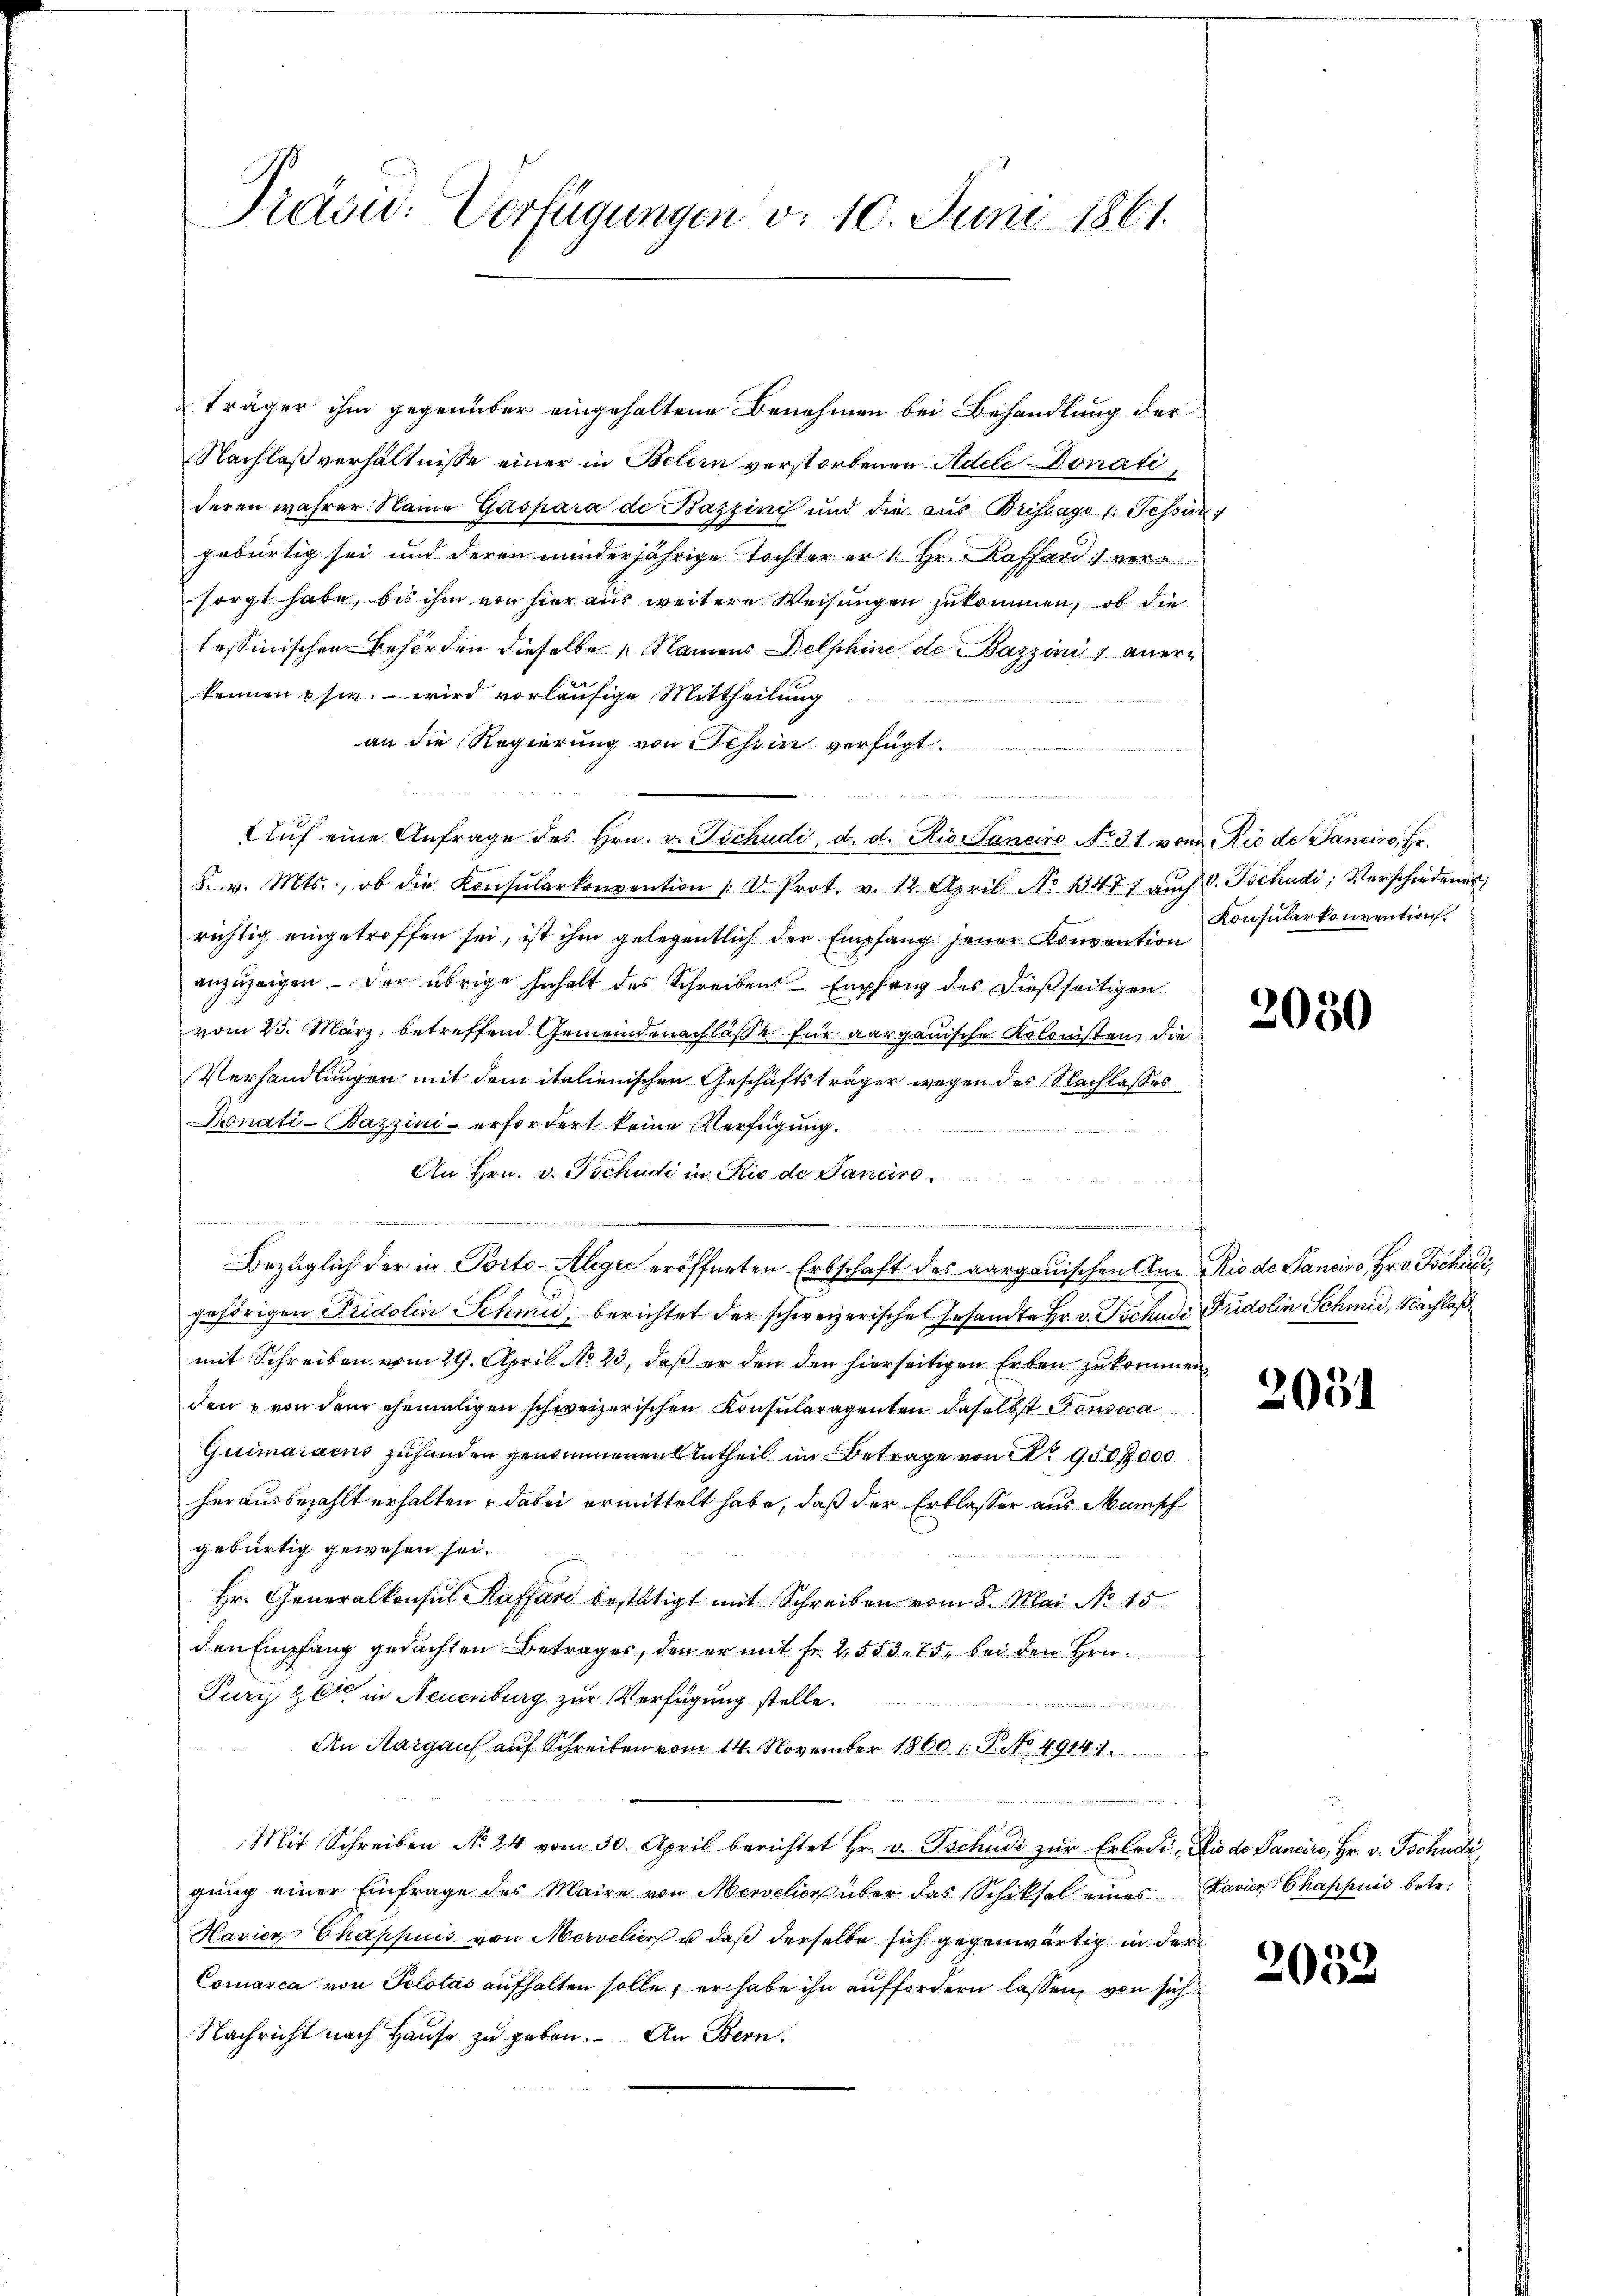
Frasu: Verfügungen v. 10. Juni 1861.

Träger ihm gegenüber eingehaltene Benehmen bei Behandlung der
Nachlaßverhältnisse einer in Belern verstorbenen Adele Donati
deren wahrer Name Gaspara de Bazzinis und die aus Brissago 1. Tessin
gebürtig sei und deren minderjährige Tochter er 1. Hr. Kaffend versorgt habe, bis ihm von hier aus weitere Weisungen zukommen, ob die
tessinischen Behörden dieselbe Namens Delphine, de Bazzinis anern
kennen psi. - wird vorläufige Mittheilung
an die Regierung von Tessin verfügt

e
Auf eine Anfrage des Hrn. v. Tschudi, d. d. Rio Sancire No 31. vom Rio de Sanciro, Fr
F. v. Mts., ob die Konsŭlarkonvention : D. Prot. v. 12. April No 1347) aŭch d. Jschudi; Verschiedens
richtig eingetroffen sei, ist ihm gelegentlich der Empfang jener Konvention
anzuzeigen. Der übrige Inhalt des Schreibens- Empfang des dießseitigen
vom 25. März, betreffend Gemeindenachläßt für aargauische Kolonisten, die
Verhandlungen mit dem italienischen Geschäftsträger wegen des Nachlasses
Donati-Bazzini- erfordert keine Verfügung.
An Hrn. v. Tschudi in Rio de Sanaro

e
Bezüglich der in Poito-Alegii eröffneten Erbschaft des aargauischen An- Rio de Sanciro, Hr. v. Tscheidi,
jährigen Fridolin Schmid, berichtet der schweizerisches Gesandte Hr. v. Tschudi Fridolin Schmid, Nachlaßmit Schreiben vom 29. April. No 23, daß er den den hierseitigen Erben zukommen,
den & von dem ehemaligen schweizerischen Konsularagenten daselbst Ponsca
Quimaiaens zuhanden genommenen Antheil im Betrage von No 950,000
herausbezahlt erhalten & dabei ermittelt habe, daß der Erblasser aus Mumsch
gebürtig gewesen sei.
Hr. Generalkonsul Kaffend bestätigt mit Schreiben vom 8. Mai No 15
den Empfang gedachten Betrages, den er mit Fr. 2,553. 75, bei den Hrn.
Jury zette in Neuenburg zur Verfügung stelle.

An Margau auf Schreiben vom 14. November 1860 l. J. No 4914.1
de
.
Mit Schreiben No 24 vom 30. April berichtet Hr. v. Tschudi zŭr Erledi, die de Panciro, Hr. v. Tschudi
gung einer Einfrage des Maire von Menschien über das Schiksal eines Lavier Chappuić betr.
Havier Chappuis von Mervelier u. daß derselbe sich gegenwärtig in der
Comarca von Selotas aufhalten solle, er habe ihn auffordern lassen, von sich
Nachricht nach Hause zu geben. An Bern.

Konsularkonvention.

3050

205.

2032